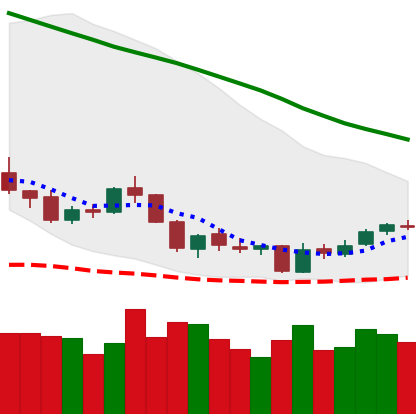
Ticker: NEO-USD
Chart end date: 2018-06-03
Forward return: -6.782%
Label: down_5_7